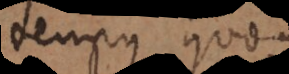
tempus quoque